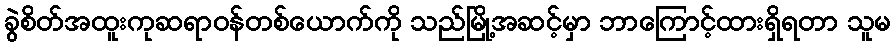
ခွဲစိတ်အထူးကုဆရာဝန်တစ်ယောက်ကို သည်မြို့အဆင့်မှာ ဘာကြောင့်ထားရှိရတာ သူမ